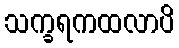
သက္ခရကထလာပိ